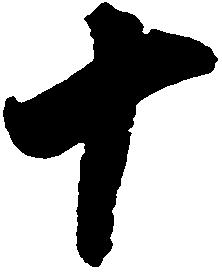
十